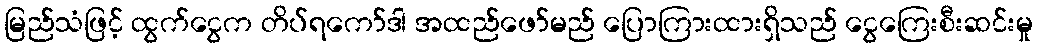
မြည်သံဖြင့် ထွက်ငွေက တိပ်ရကော်ဒါ အထည်ဖော်မည် ပြောကြားထားရှိသည် ငွေကြေးစီးဆင်းမှု